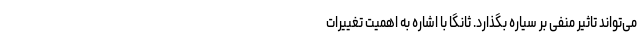
می‌تواند تاثیر منفی بر سیاره بگذارد. ثانگا با اشاره به اهمیت تغییرات